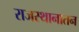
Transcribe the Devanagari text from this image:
राजस्थानातन